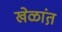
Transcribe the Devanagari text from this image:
खेळांत़